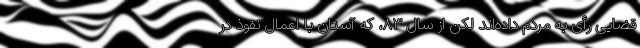
قضایی رأی به مردم داده‌اند لکن از سال ۸۳، که آستان با اعمال نفوذ در